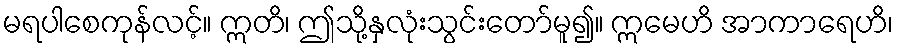
မရပါစေကုန်လင့်။ ဣတိ၊ ဤသို့နှလုံးသွင်းတော်မူ၍။ ဣမေဟိ အာကာရေဟိ၊